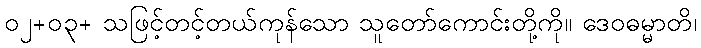
၀၂+၀၃+ သဖြင့်တင့်တယ်ကုန်သော သူတော်ကောင်းတို့ကို။ ဒေဝဓမ္မာတိ၊